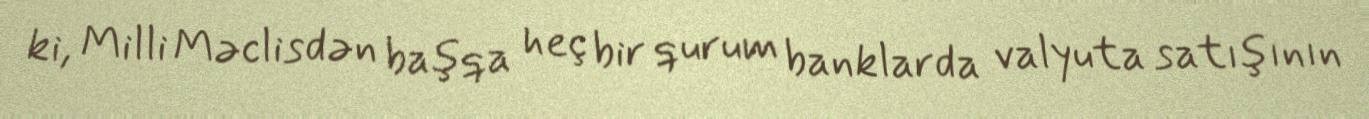
ki, Milli Məclisdən başqa heç bir qurum banklarda valyuta satışının